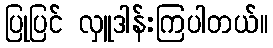
ပြုပြင် လှူဒါန်းကြပါတယ်။